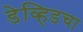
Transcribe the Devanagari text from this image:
डेव्हिडचा